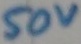
Text: 50V